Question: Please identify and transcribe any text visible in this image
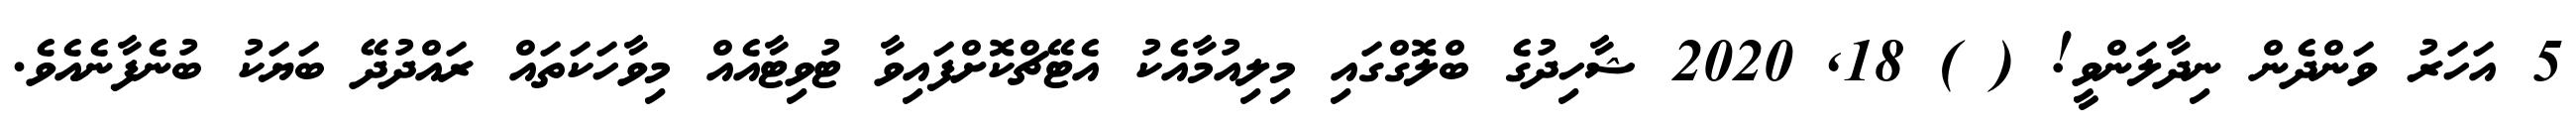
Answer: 5 އަހަރު ވަންދެން ނިދާލަންވީ! ( ) 18, 2020 ޝާހިދުގެ ބްލޮގްގައި މިލިއުމާއެކު އެޓޭޗްކޮށްފައިވާ ޓުވިޓާއެއް މިވާހަކަތައް ރައްދުދޭ ބަޔަކު ބުނެފާނެއެވެ.